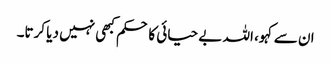
ان سے کہو، اللہ بے حیائی کا حکم کبھی نہیں دیا کرتا۔